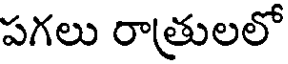
పగలు రాత్రులలో